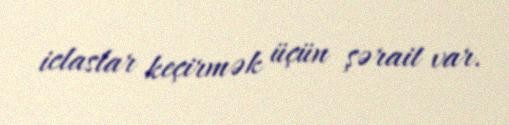
iclaslar keçirmək üçün şərait var.